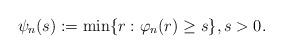
LaTeX: \begin{align*}\psi_n(s):=\min\{r:\varphi_n(r)\geq s\},s>0.\end{align*}